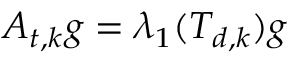
A _ { t , k } g = \lambda _ { 1 } ( T _ { d , k } ) g